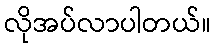
လိုအပ်လာပါတယ်။